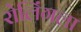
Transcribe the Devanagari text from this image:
रोलिंगला